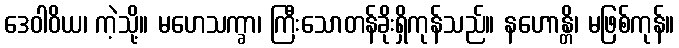
ဒေဝါဝိယ၊ ကဲ့သို့။ မဟေသက္ခာ၊ ကြီးသောတန်ခိုးရှိကုန်သည်။ နဟောန္တိ၊ မဖြစ်ကုန်။